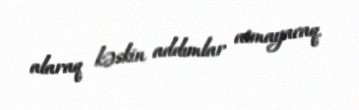
alaraq kəskin addımlar atmayacaq.